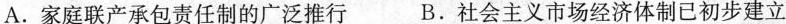
A.家庭联产承包责任制的广泛推行 B.社会主义市场经济体制已初步建立